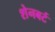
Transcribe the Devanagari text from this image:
शेनबर्ट